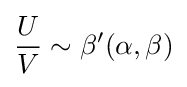
{\frac {U}{V}}\sim \beta '(\alpha ,\beta )